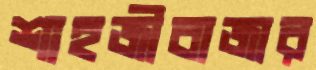
শাহজীবাজার